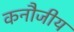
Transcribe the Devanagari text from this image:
कनौजीय